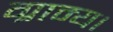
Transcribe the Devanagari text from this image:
ग्राम्य।